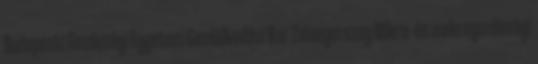
Budapesti Gazdasági Egyetem Gazdálkodási Kar Zalaegerszeg Mikro- és makrogazdasági